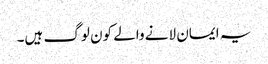
یہ ایمان لانے والے کون لوگ ہیں۔